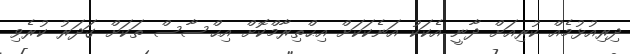
ދިރިއުޅުމެއް ކުރިއަށް ދާނީ އެކަކު އަނެކަކަށް އިޙްތިރާމްކޮށް އިޙްސާސް ތަކަށް ގަދަރު ކުރެވި